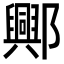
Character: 𨞾